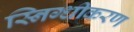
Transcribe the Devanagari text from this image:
स्निग्धीकरण